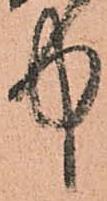
中